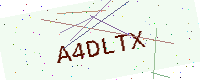
Text: A4DLTX